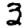
Digit: 3